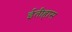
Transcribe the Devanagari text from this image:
ईतीहास